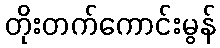
တိုးတက်ကောင်းမွန်